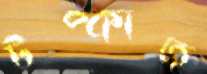
টপ্‌কাত